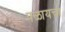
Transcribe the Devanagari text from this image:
पळायचा